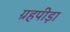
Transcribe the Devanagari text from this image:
ग्रहपीड़ा